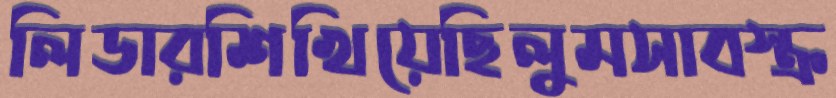
লিডারশিখিয়েছিলুমসাবস্ক্র